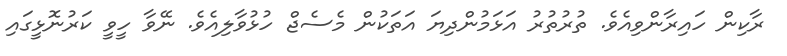
ރާކިން ހައިރާންވިއެވެ. ތުރުތުރު އަޅަމުންދިޔަ އަތަކުން މެސެޖް ހުޅުވާލިއެވެ. ނޭވާ ހީވީ ކަރުނޮޅީގައި